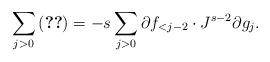
LaTeX: \begin{align*}\sum_{j>0} \eqref{930_e1b} = -s \sum_{j>0} \partial f_{<j-2} \cdot J^{s-2} \partial g_j.\end{align*}